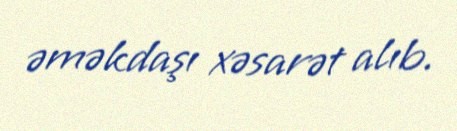
əməkdaşı xəsarət alıb.